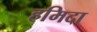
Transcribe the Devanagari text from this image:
हमिदा